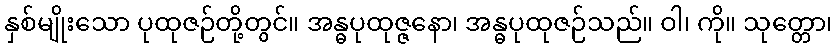
နှစ်မျိုးသော ပုထုဇဉ်တို့တွင်။ အန္ဓပုထုဇ္ဇနော၊ အန္ဓပုထုဇဉ်သည်။ ဝါ၊ ကို။ သုတ္တော၊